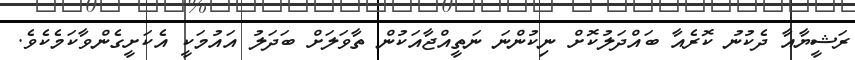
ރަޝީޔާއާ ދެކުނު ކޮރެއާ ބައްދަލުކޮށް ނިކުންނަ ނަތީއްޖާއަކުން ތާވަލަށް ބަދަލު އައުމަކީ އެކަށީގެންވާކަމެކެވެ.